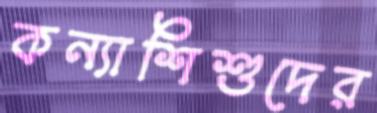
কন্যাশিশুদের